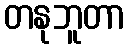
တနုဘူတာ